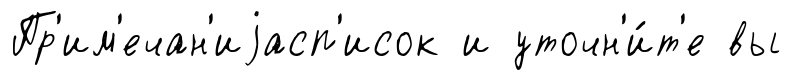
Пр'им'ечан'иjасп'исок и уточн'и́т'е вы